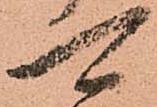
可